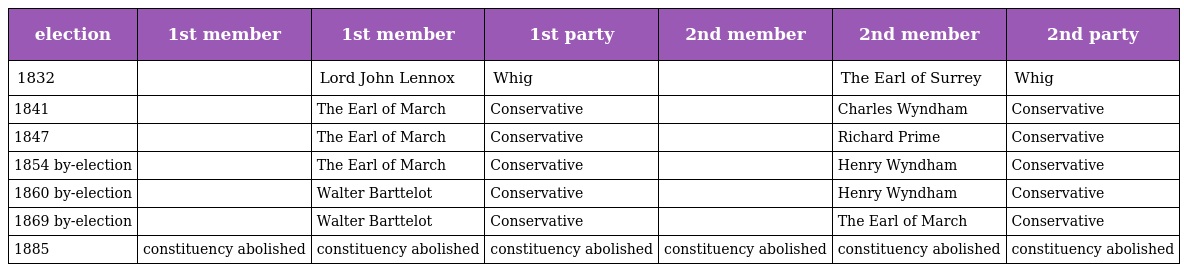
| election | 1st member | 1st member | 1st party | 2nd member | 2nd member | 2nd party |
 | --- | --- | --- | --- | --- | --- | --- |
 | 1832 |  | Lord John Lennox | Whig |  | The Earl of Surrey | Whig |
 | 1841 |  | The Earl of March | Conservative |  | Charles Wyndham | Conservative |
 | 1847 |  | The Earl of March | Conservative |  | Richard Prime | Conservative |
 | 1854 by-election |  | The Earl of March | Conservative |  | Henry Wyndham | Conservative |
 | 1860 by-election |  | Walter Barttelot | Conservative |  | Henry Wyndham | Conservative |
 | 1869 by-election |  | Walter Barttelot | Conservative |  | The Earl of March | Conservative |
 | 1885 | constituency abolished | constituency abolished | constituency abolished | constituency abolished | constituency abolished | constituency abolished |